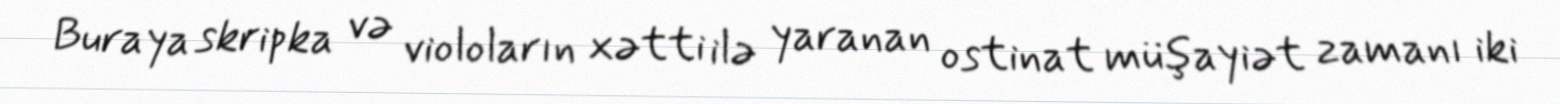
Buraya skripka və violoların xətti ilə yaranan ostinat müşayiət zamanı iki